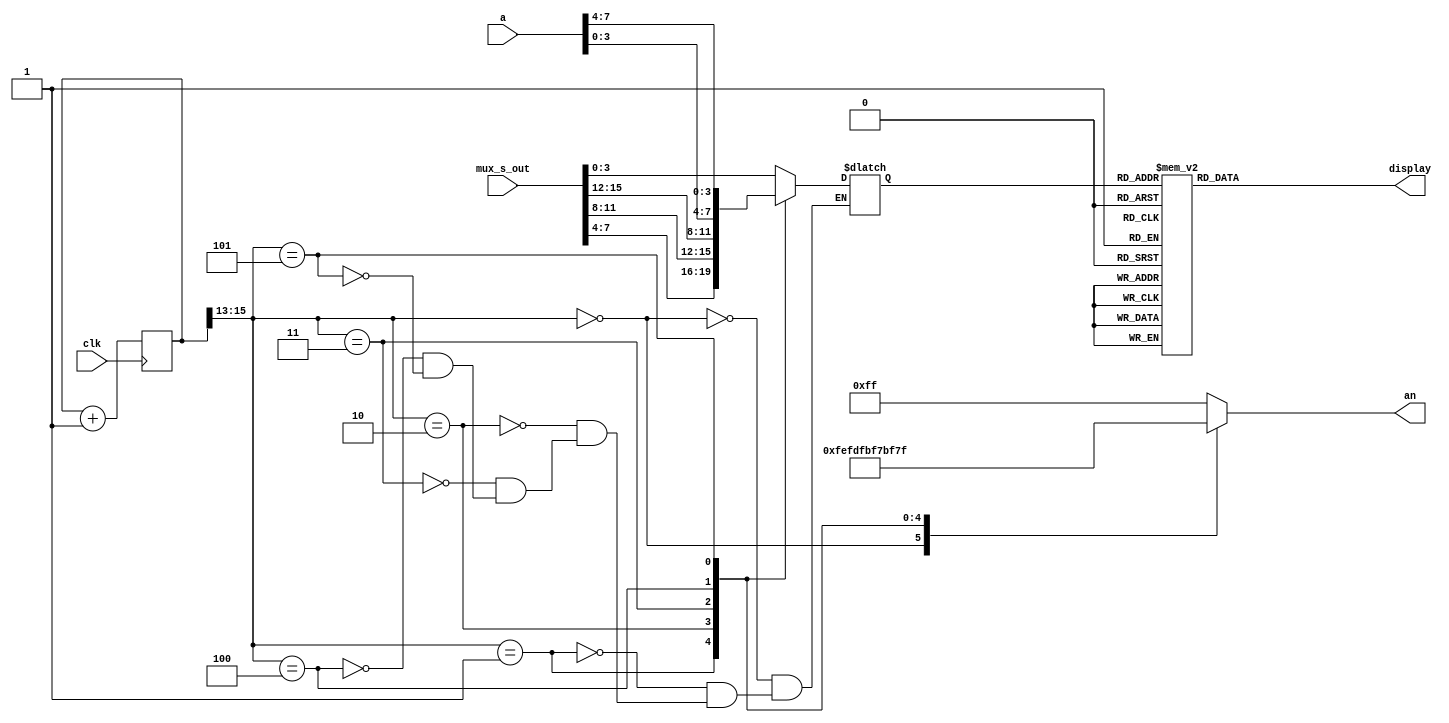
`timescale 1ns / 1ps
//////////////////////////////////////////////////////////////////////////////////
// Company: 
// Engineer: 
// 
// Design Name: 
// Module Name: SEG7
// Project Name: 
// Target Devices: 
// Tool Versions: 
// Description: 
// 
// Dependencies: 
// 
// Revision:
// Revision 0.01 - File Created
// Additional Comments:
// 
//////////////////////////////////////////////////////////////////////////////////


module SEG7(
    input clk,
    input [7:0] a,
    input [15:0] mux_s_out,
    output reg [7:0] an,
    output reg [6:0] display
);
    reg [3:0] d;
    reg [15:0] addr_sel;
    always @(*) begin
        case(d)
            4'h0: display = ~7'b1111110;
            4'h1: display = ~7'b0110000;
            4'h2: display = ~7'b1101101;
            4'h3: display = ~7'b1111001;
            4'h4: display = ~7'b0110011;
            4'h5: display = ~7'b1011011;
            4'h6: display = ~7'b1011111;
            4'h7: display = ~7'b1110000;
            4'h8: display = ~7'b1111111;
            4'h9: display = ~7'b1111011;
            4'hA: display = ~7'b1110111;
            4'hB: display = ~7'b0011111;
            4'hC: display = ~7'b1001110;
            4'hD: display = ~7'b0111101;
            4'hE: display = ~7'b1001111;
            4'hF: display = ~7'b1000111;
        endcase
    end

    always@(posedge clk) begin
        addr_sel <= addr_sel + 1'b1;
    end

    always@(*) begin
        case(addr_sel[15:13])
            3'b000: begin
                an = 8'hFE;
                d = mux_s_out[3:0];
            end
            3'b001: begin
                an = 8'hFD;
                d = mux_s_out[7:4];
            end
            3'b010: begin
                an = 8'hFB;
                d = mux_s_out[11:8];
            end
            3'b011: begin
                an = 8'hF7;
                d = mux_s_out[15:12];
            end
            3'b100: begin
                an = 8'hBF;
                d = a[3:0];
            end
            3'b101: begin
                an = 8'h7F;
                d = a[7:4];
            end
            default: begin
                an = 8'hFF;
            end
        endcase
    end
endmodule